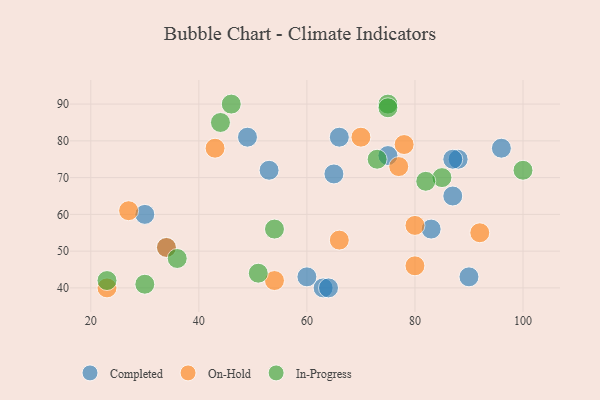
{"axis": {"x": "GDP", "y": "Life Expectancy"}, "legend": ["Completed", "In-Progress", "On-Hold"], "data": [{"x": "66", "y": 81, "type": "Completed"}, {"x": "88", "y": 75, "type": "Completed"}, {"x": "96", "y": 78, "type": "Completed"}, {"x": "49", "y": 81, "type": "Completed"}, {"x": "83", "y": 56, "type": "Completed"}, {"x": "63", "y": 40, "type": "Completed"}, {"x": "60", "y": 43, "type": "Completed"}, {"x": "64", "y": 40, "type": "Completed"}, {"x": "30", "y": 60, "type": "Completed"}, {"x": "87", "y": 65, "type": "Completed"}, {"x": "87", "y": 75, "type": "Completed"}, {"x": "53", "y": 72, "type": "Completed"}, {"x": "75", "y": 76, "type": "Completed"}, {"x": "34", "y": 51, "type": "Completed"}, {"x": "65", "y": 71, "type": "Completed"}, {"x": "90", "y": 43, "type": "Completed"}, {"x": "80", "y": 57, "type": "On-Hold"}, {"x": "34", "y": 51, "type": "On-Hold"}, {"x": "23", "y": 40, "type": "On-Hold"}, {"x": "78", "y": 79, "type": "On-Hold"}, {"x": "27", "y": 61, "type": "On-Hold"}, {"x": "54", "y": 42, "type": "On-Hold"}, {"x": "92", "y": 55, "type": "On-Hold"}, {"x": "66", "y": 53, "type": "On-Hold"}, {"x": "43", "y": 78, "type": "On-Hold"}, {"x": "77", "y": 73, "type": "On-Hold"}, {"x": "80", "y": 46, "type": "On-Hold"}, {"x": "70", "y": 81, "type": "On-Hold"}, {"x": "75", "y": 90, "type": "In-Progress"}, {"x": "100", "y": 72, "type": "In-Progress"}, {"x": "23", "y": 42, "type": "In-Progress"}, {"x": "51", "y": 44, "type": "In-Progress"}, {"x": "36", "y": 48, "type": "In-Progress"}, {"x": "44", "y": 85, "type": "In-Progress"}, {"x": "85", "y": 70, "type": "In-Progress"}, {"x": "54", "y": 56, "type": "In-Progress"}, {"x": "82", "y": 69, "type": "In-Progress"}, {"x": "30", "y": 41, "type": "In-Progress"}, {"x": "75", "y": 89, "type": "In-Progress"}, {"x": "73", "y": 75, "type": "In-Progress"}, {"x": "46", "y": 90, "type": "In-Progress"}]}